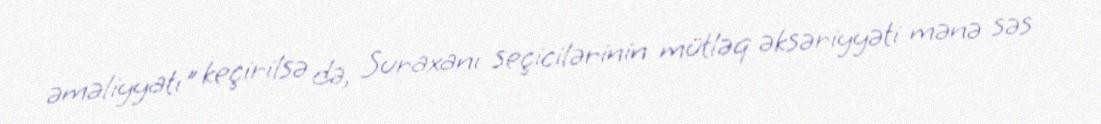
əməliyyatı" keçirilsə də, Suraxanı seçicilərinin mütləq əksəriyyəti mənə səs